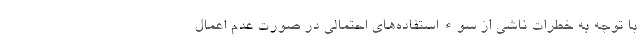
با توجه به خطرات ناشی از سوء استفاده‌های احتمالی در صورت عدم اعمال